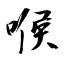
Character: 喉